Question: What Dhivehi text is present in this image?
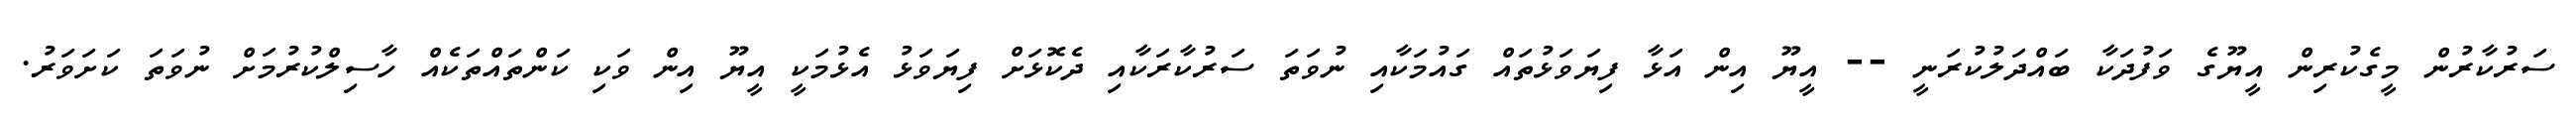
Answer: ސަރުކާރުން މީގެކުރިން އީޔޫގެ ވަފުދަކާ ބައްދަލުކުރަނީ -- އީޔޫ އިން އަޅާ ފިޔަވަޅުތައް ގައުމަކާއި ނުވަތަ ސަރުކާރަކާއި ދެކޮޅަށް ފިޔަވަޅު އެޅުމަކީ އީޔޫ އިން ވަކި ކަންތައްތަކެއް ހާސިލްކުރުމަށް ނުވަތަ ކަށަވަރު.